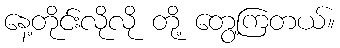
နေ့တိုင်းလိုလို တို့ တွေ့ကြတယ်။